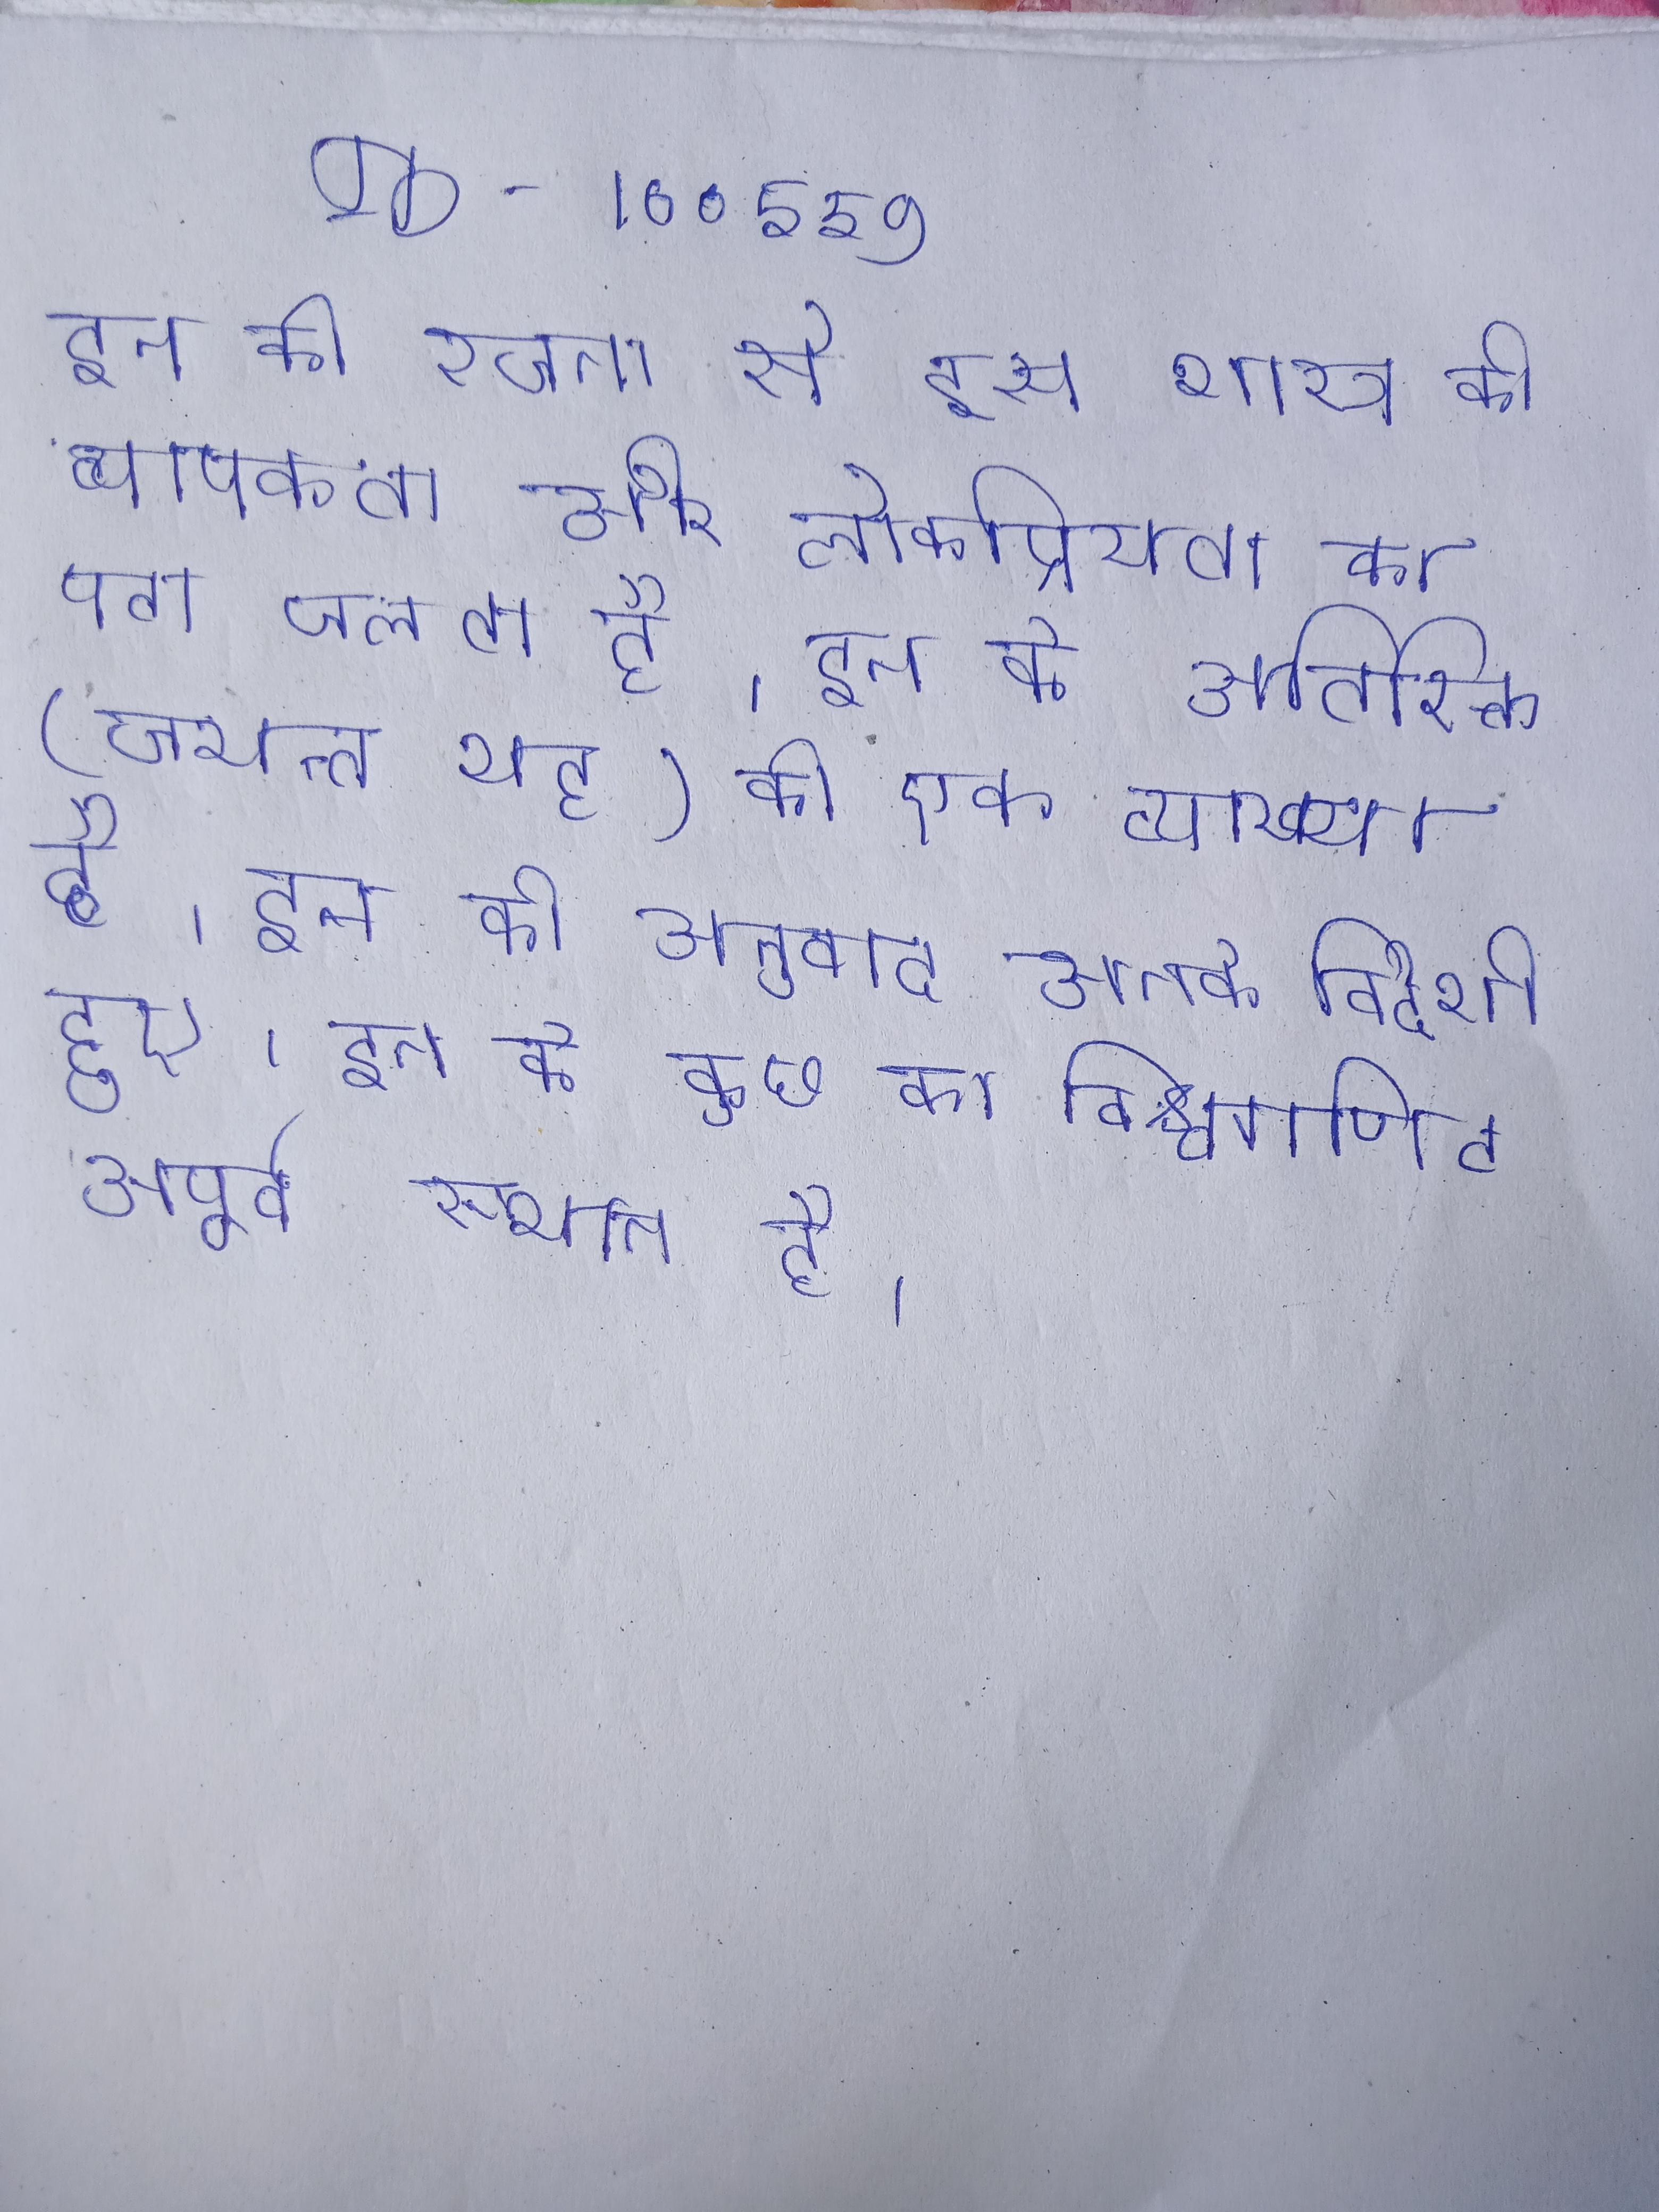
इन की रचना से इस शास्त्र की व्यापकता और लोकप्रियता का पता चलता है । इन के अतिरिक्त (जयन्त भट्ट) की एक व्याख्या है । इन के अनुवाद अनेक विदेशी हुए । इन के कुछ का विश्वगणित अपूर्व स्थान है ।